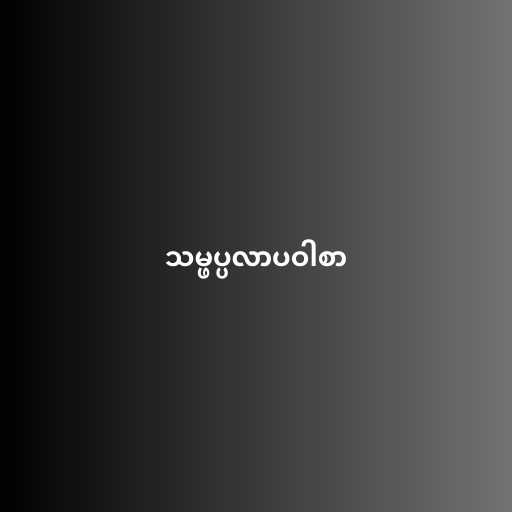
သမ္ဖပ္ပလာပဝါစာ